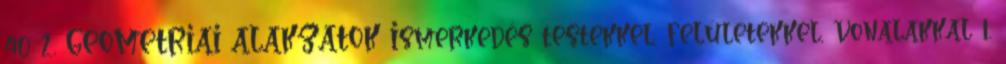
40 2. GEOMETRIAI ALAKZATOK Ismerkedés testekkel, felületekkel, vonalakkal 1.